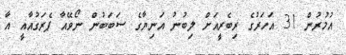
އުމުރުން 31 އަހަރުގެ ރިބެރީއަށް ލިބުނު އަނިޔާގެ ސަބަބުން ނޯވޭއާ ޕެރަގުއާއީ އާ